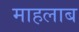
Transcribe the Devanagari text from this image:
माहलाब